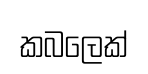
කබලෙක්